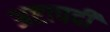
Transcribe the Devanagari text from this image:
अष्टापदीं